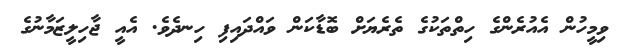
ވިމީހުން އެއުރެންގެ ހިތްތަކުގެ ތެރެޔަށް ބޮޑާކަން ވައްދައިފި ހިނދެވެ. އެއީ ޖާހިލީޒަމާނުގެ